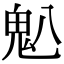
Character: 𫙈